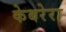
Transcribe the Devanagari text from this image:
केबरेरा